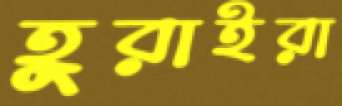
হুরাইরা